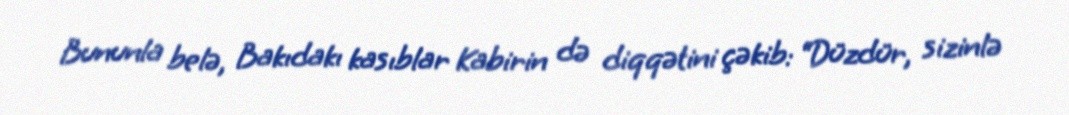
Bununla belə, Bakıdakı kasıblar Kabirin də diqqətini çəkib: “Düzdür, sizinlə